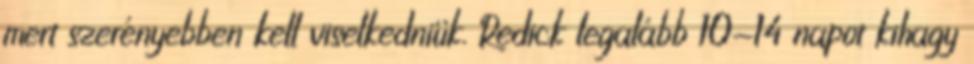
mert szerényebben kell viselkedniük. Redick legalább 10-14 napot kihagy